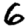
Digit: 6